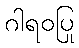
ဂါရဝပြု